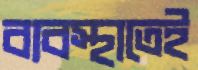
ব্যবস্থাতেই